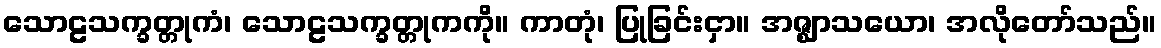
သောဠသက္ခတ္တုကံ၊ သောဠသက္ခတ္တုကကို။ ကာတုံ၊ ပြုခြင်းငှာ။ အဇ္ဈာသယော၊ အလိုတော်သည်။